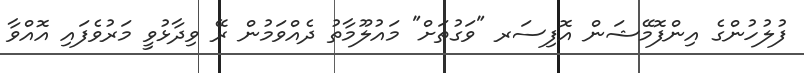
ފުލުހުންގެ އިންފޮމޭޝަން އޮފިސަރ "ވަގުތަށް" މައުލޫމާތު ދެއްވަމުން ރޭ ވިދާޅުވީ މަރުވެފައި އޮއްވާ